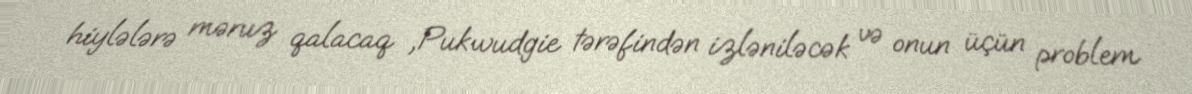
hiylələrə məruz qalacaq ,Pukwudgie tərəfindən izləniləcək və onun üçün problem